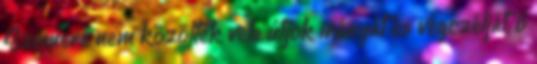
Szemere nem közölték vele útjok irányát és végczélját, ő